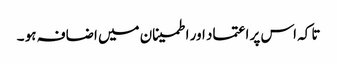
تا کہ اس پر اعتماد اور اطمینان میں اضافہ ہو ۔